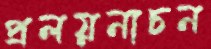
প্রলয়নাচন